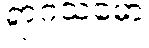
ရာဂသမော